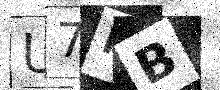
Text: U7MB